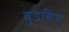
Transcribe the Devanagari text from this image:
बुडविज